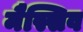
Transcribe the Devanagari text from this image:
मैस्सिव